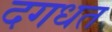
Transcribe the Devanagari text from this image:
दगधत